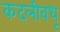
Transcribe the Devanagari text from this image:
कदलीवधू